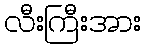
လီးကြီးအား